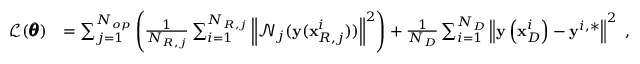
\begin{array} { r l } { \mathcal { L } ( \pmb { \theta } ) } & { = \sum _ { j = 1 } ^ { N _ { o p } } { \left( \frac { 1 } { N _ { R , j } } \sum _ { i = 1 } ^ { N _ { R , j } } { \left\| \mathcal { N } _ { j } ( \mathbf { y } ( \mathbf { x } _ { R , j } ^ { i } ) ) \right\| ^ { 2 } } \right) } + \frac { 1 } { N _ { D } } \sum _ { i = 1 } ^ { N _ { D } } { \left\| \mathbf { y } \left( \mathbf { x } _ { D } ^ { i } \right) - \mathbf { y } ^ { i , * } \right\| ^ { 2 } } } \end{array} ,